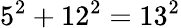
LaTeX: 5^{2}+12^{2}=13^{2}